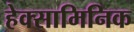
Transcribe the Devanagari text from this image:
हेक्सामिनिक